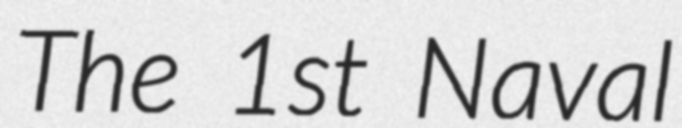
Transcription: The 1st Naval